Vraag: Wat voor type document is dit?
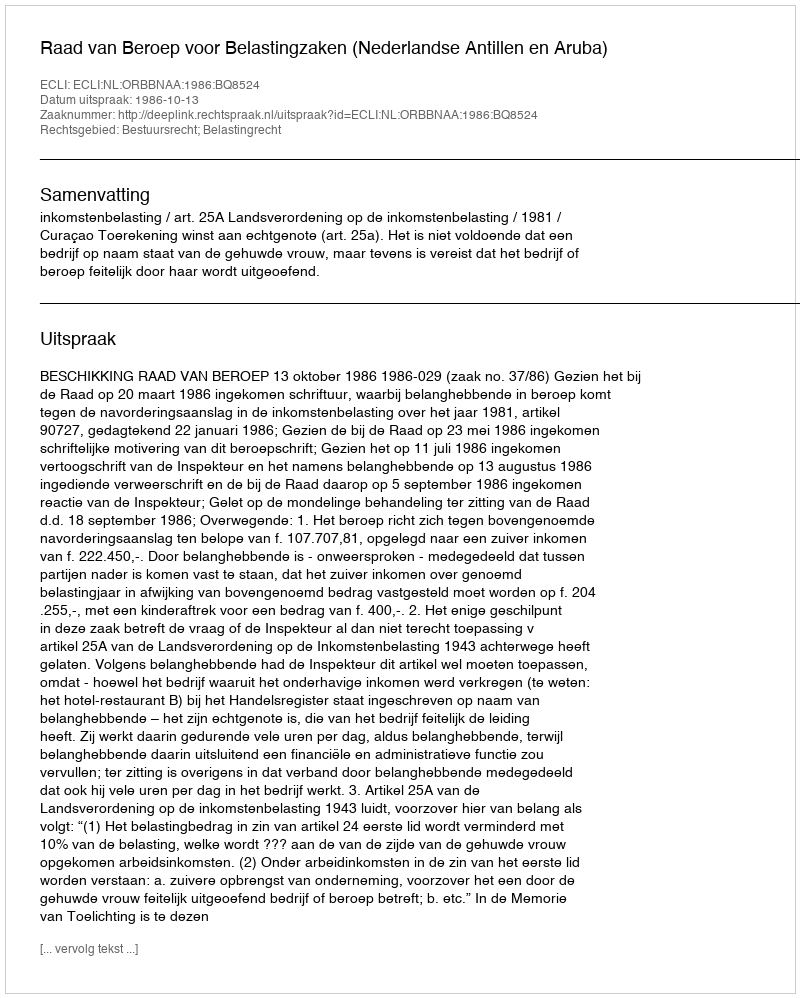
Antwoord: Uitspraak